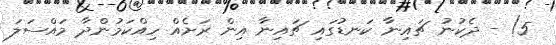
5) - ދެކުނު ޗައިނާ ކަނޑުގައި ޗައިނާ އިން ރަށެއް ހިއްކަމުންދާ މައްސަލަ